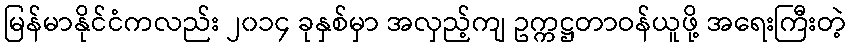
မြန်မာနိုင်ငံကလည်း ၂၀၁၄ ခုနှစ်မှာ အလှည့်ကျ ဥက္ကဋ္ဌတာဝန်ယူဖို့ အရေးကြီးတဲ့